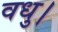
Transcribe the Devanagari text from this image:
वधु।